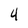
Character: 4